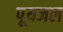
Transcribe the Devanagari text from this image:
पूयजल